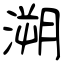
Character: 溯